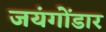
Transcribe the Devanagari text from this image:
जयंगोंडार